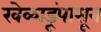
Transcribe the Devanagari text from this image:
खेळाडूंपासून